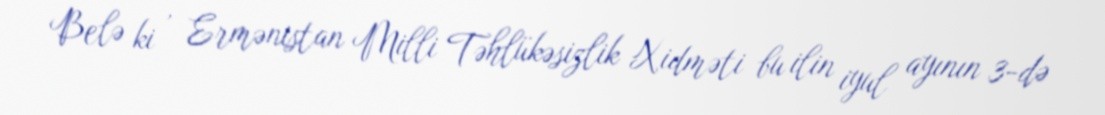
Belə ki , Ermənistan Milli Təhlükəsizlik Xidməti bu ilin iyul ayının 3-də